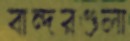
বান্দরগুলা